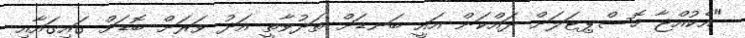
"އެކުއްޖާ ހޮސްޕިޓަލަށް ދައްކަން އައީ ބަނޑަށް ތަދުވާތީ އަދު ވަރަށް ބޮޑަށް ގައިގައާއި